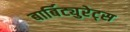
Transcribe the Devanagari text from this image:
बार्बिट्युरेट्स